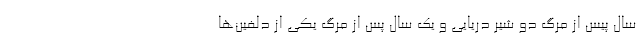
سال ‌پیس از مرگ دو شیر دریایی و یک ‌سال پس از مرگ یکی از دلفین‌ها